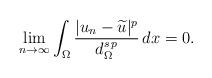
LaTeX: \begin{align*}\lim_{n\to\infty} \int_\Omega \frac{|u_n-\widetilde u|^p}{d_\Omega^{s\,p}}\,dx=0.\end{align*}